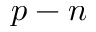
p - n